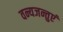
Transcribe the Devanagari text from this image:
वन्यजन्तुएं